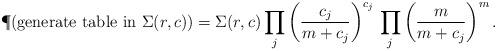
LaTeX: \begin{align*}\P( \mbox{generate table in $\Sigma(r,c)$}) = \Sigma(r,c) \prod_j \left(\frac{c_j}{m+c_j}\right)^{c_j}\, \prod_{j} \left(\frac{m}{m+c_j}\right)^m. \end{align*}